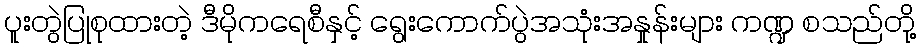
ပူးတွဲပြုစုထားတဲ့ ဒီမိုကရေစီနှင့် ရွေးကောက်ပွဲအသုံးအနှုန်းများ ကဏ္ဍ စသည်တို့